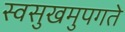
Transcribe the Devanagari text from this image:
स्वसुखमुपगते